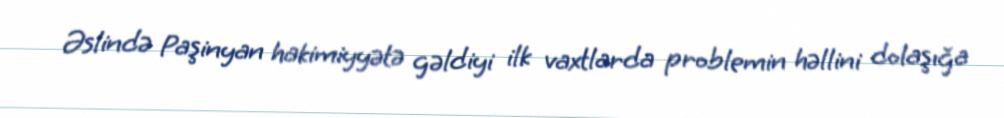
Əslində Paşinyan hakimiyyətə gəldiyi ilk vaxtlarda problemin həllini dolaşığa